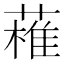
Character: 𱾝